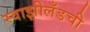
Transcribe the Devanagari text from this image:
स्वाझीलँडची